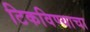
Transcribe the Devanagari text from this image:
टिकविण्याचा